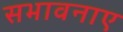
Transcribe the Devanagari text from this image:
सभावनाए